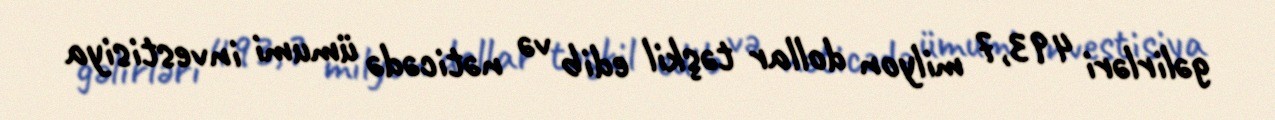
gəlirləri 493,7 milyon dollar təşkil edib və nəticədə ümumi investisiya